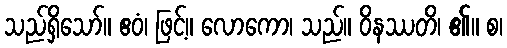
သည်ရှိသော်။ ဧဝံ၊ ဖြင့်။ လောကော၊ သည်။ ဝိနဿတိ၊ ၏။ စ၊